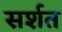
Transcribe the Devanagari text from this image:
सर्शत